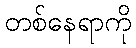
တစ်နေရာကို